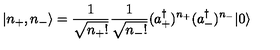
| n _ { + } , n _ { - } \rangle = \frac { 1 } { \sqrt { n _ { + } ! } } \frac { 1 } { \sqrt { n _ { - } ! } } ( a _ { + } ^ { \dagger } ) ^ { n _ { + } } ( a _ { - } ^ { \dagger } ) ^ { n _ { - } } | 0 \rangle